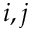
i , j